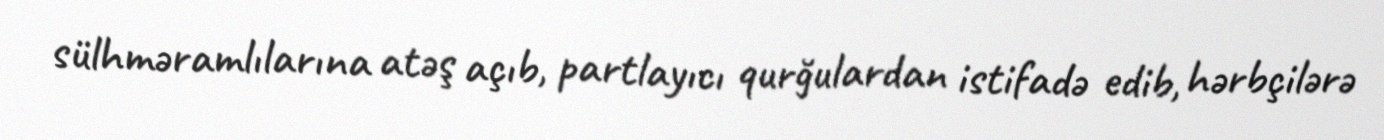
sülhməramlılarına atəş açıb, partlayıcı qurğulardan istifadə edib, hərbçilərə